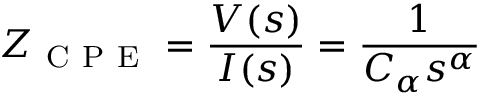
Z _ { \mathrm { ~ C ~ P ~ E ~ } } = \frac { V ( s ) } { I ( s ) } = \frac { 1 } { C _ { \alpha } s ^ { \alpha } }